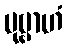
ပုဗ္ဗာဟံ